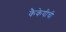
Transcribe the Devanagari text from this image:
कैकेयीची